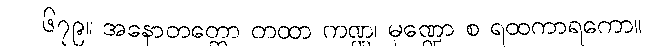
၆၇၉။ အနောတတ္တော တထာ ကဏ္ဏ၊ မုဏ္ဍော စ ရထကာရကော။